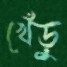
খেঁড়ু